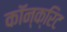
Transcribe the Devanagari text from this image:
कॉन्‍क्रिट